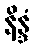
နိန္ဒံ